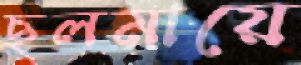
ছলমায়ে